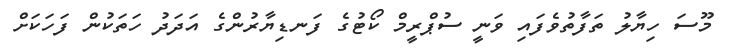
މޫސަ ހިޔާލު ތަފާތުވެފައި ވަނީ ސުޕްރީމް ކޯޓުގެ ފަނޑިޔާރުންގެ އަދަދު ހަތަކުން ފަހަކަށް